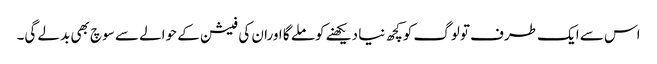
اس سے ایک طرف تولوگ کوکچھ نیا دیکھنے کوملے گا اوران کی فیشن کے حوالے سے سوچ بھی بدلے گی۔